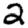
Digit: 2